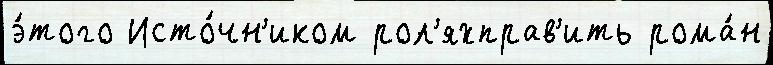
э́того Исто́чн'иком рол'яхправ'ить рома́н